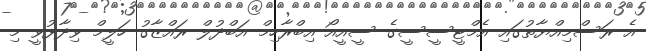
އެ ރަސްމިއްޔާތުގައި އެމްޓީސީސީގެ ސީއީއޯ އިބްރާހިމް އަބްދުލް ރައްޒާގު ހަލީމް ވިދާޅުވީ މި